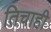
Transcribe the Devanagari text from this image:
तिचाही